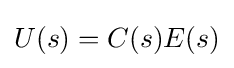
U(s)=C(s)E(s)